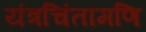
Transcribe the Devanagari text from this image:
यंत्रचिंतामणि